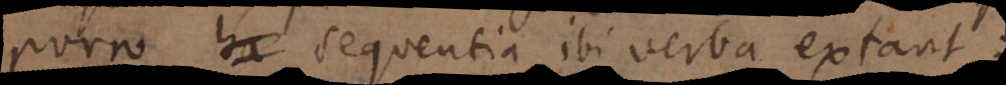
Porro sequentia ibi verba extant:)